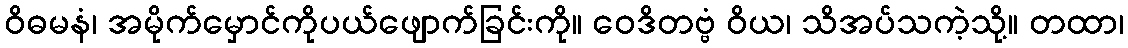
ဝိဓမနံ၊ အမိုက်မှောင်ကိုပယ်ဖျောက်ခြင်းကို။ ဝေဒိတဗ္ဗံ ဝိယ၊ သိအပ်သကဲ့သို့။ တထာ၊